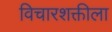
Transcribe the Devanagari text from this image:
विचारशक्तीला